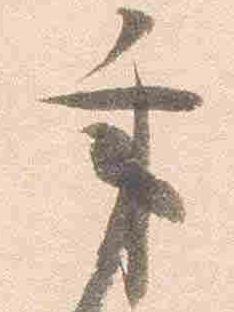
秉